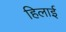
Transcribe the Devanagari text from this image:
हिलाई